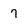
Character: 7